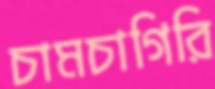
চামচাগিরি